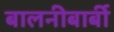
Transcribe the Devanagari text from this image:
बालनीबार्बी